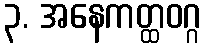
၃. အနေကတ္ထဝဂ္ဂ